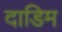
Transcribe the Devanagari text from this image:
दाडिम